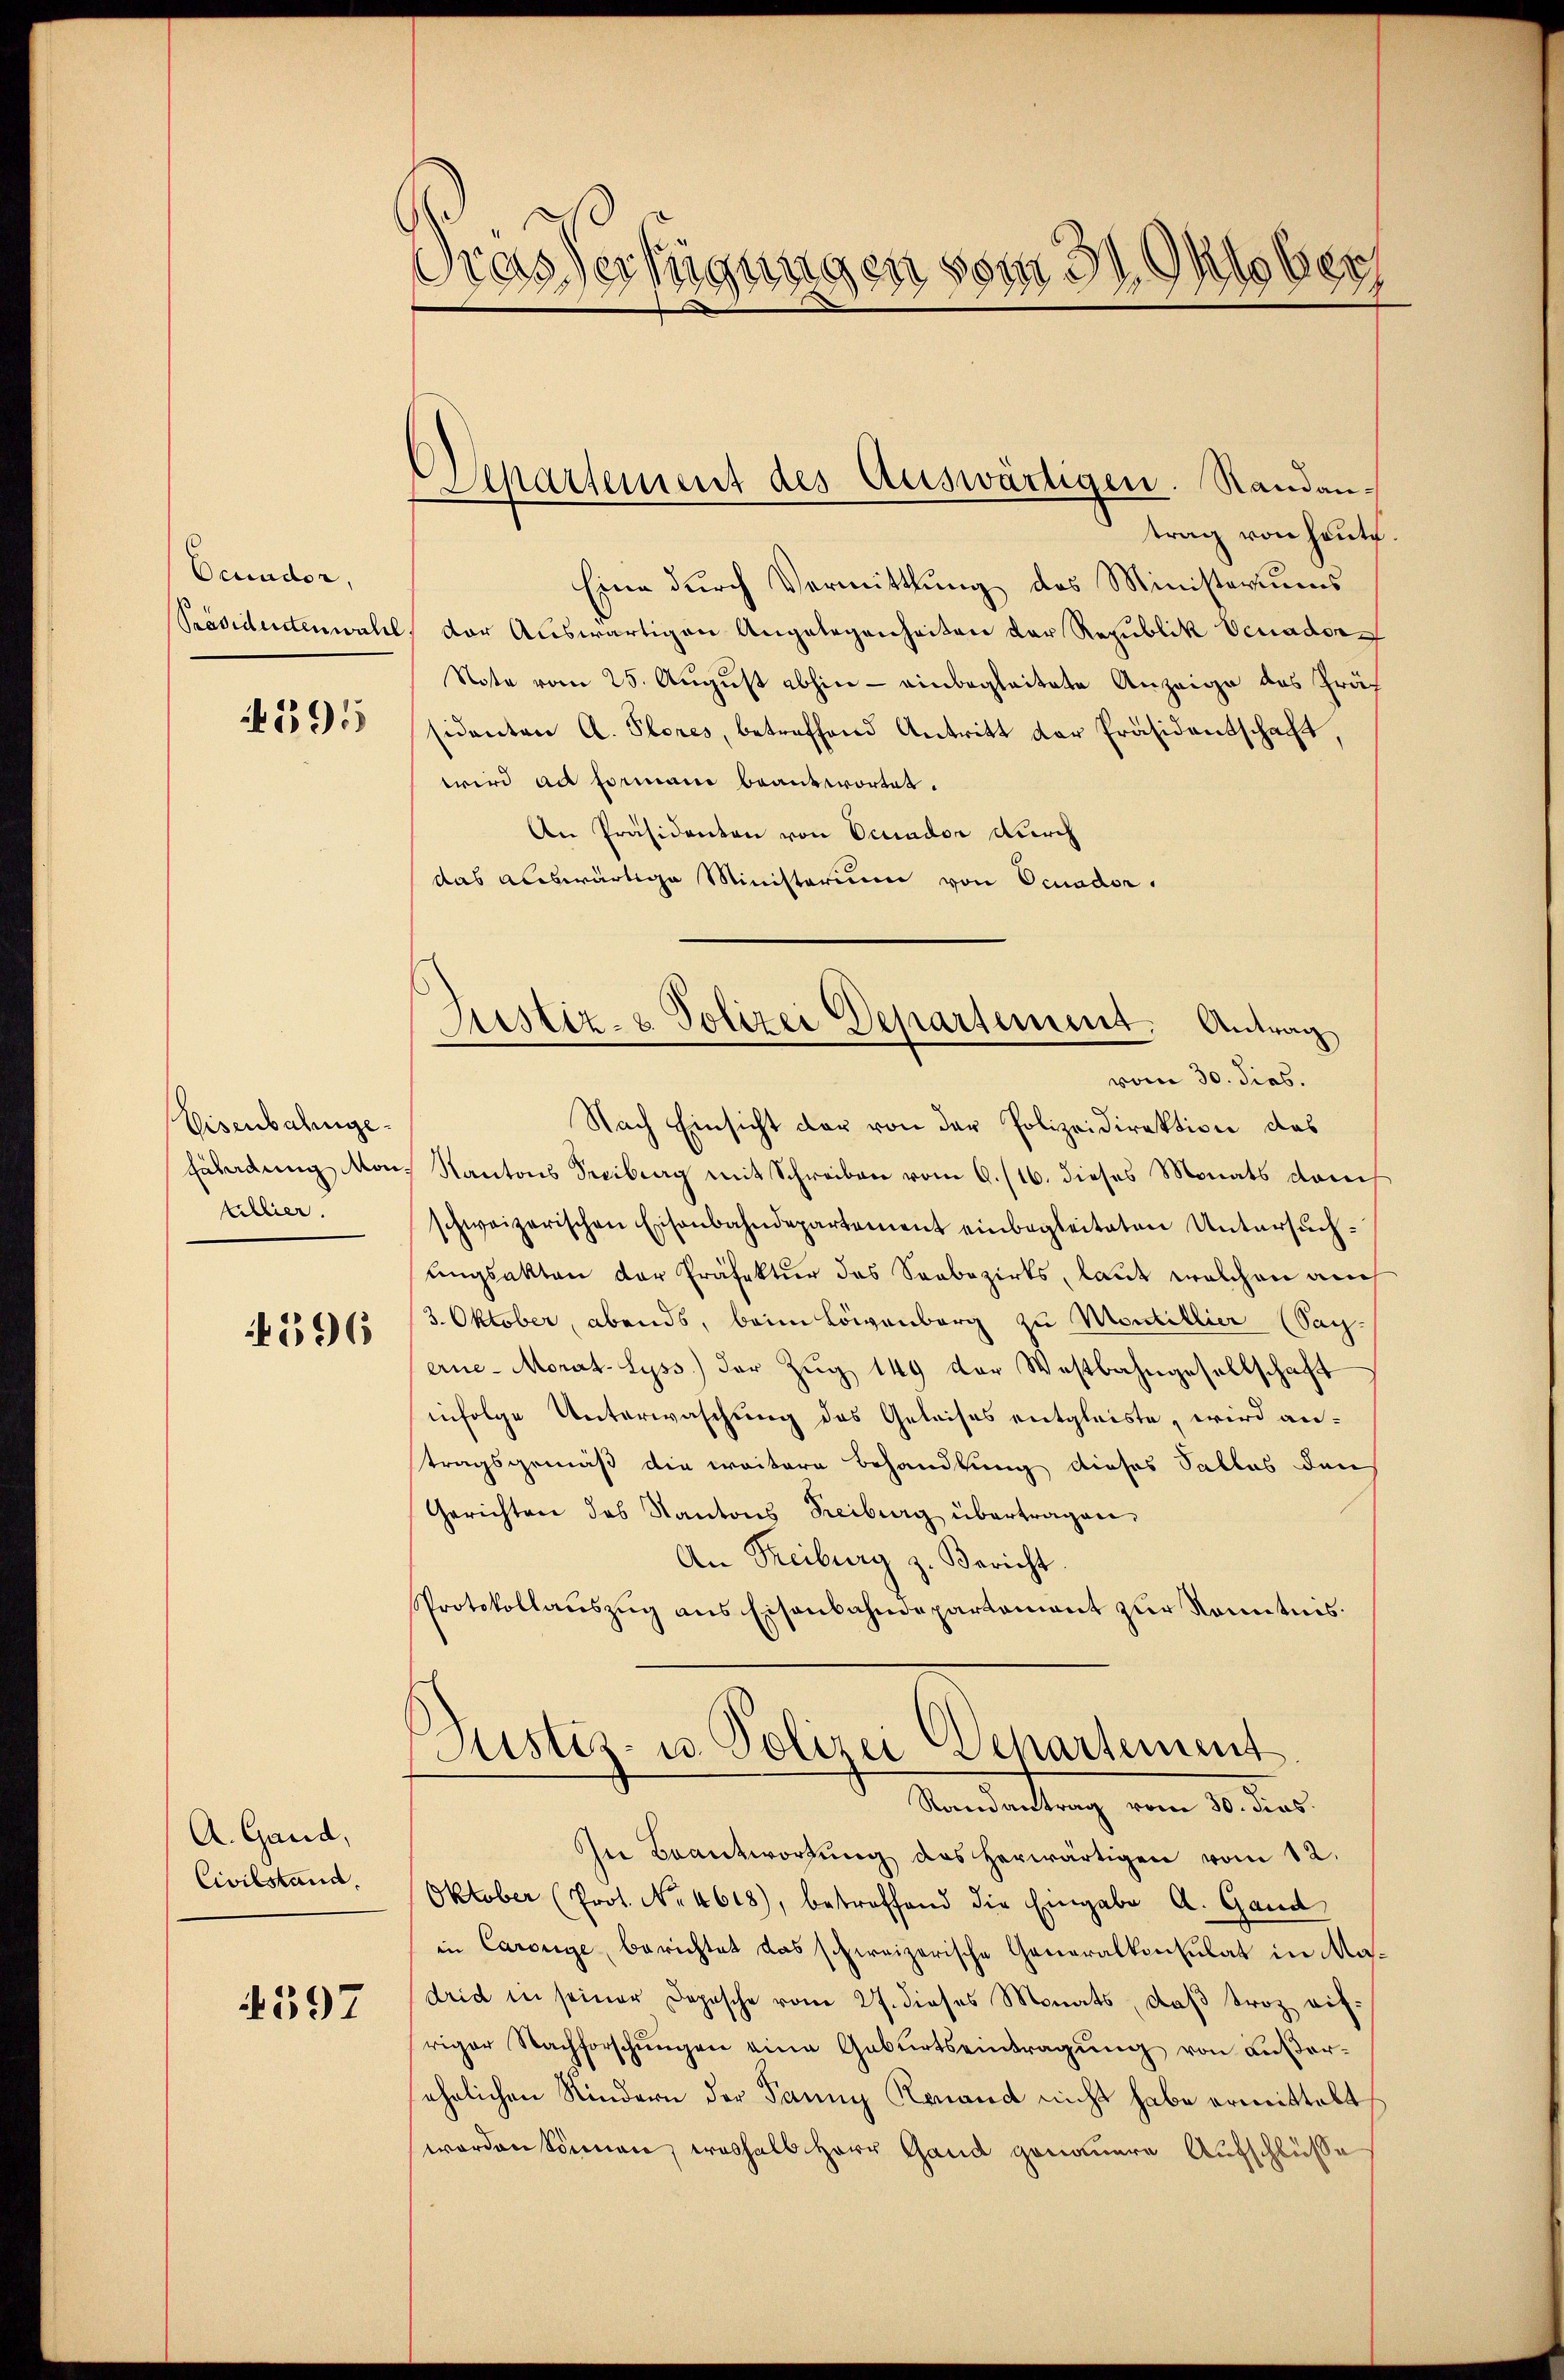
Ocundor,
Präsidenten wahl

591

Visenbahnge¬
Fäladung Montillier.
596

A. Gand,
Civilstand.

1597

Gras Verfügungen vom 3. Oktober

Separtement des Auswärtigen. Randan¬

trag von heute
Eine durch Vormittlung des Ministeriums
dor Auswärtigen Angelegenheiten der Republik Venader
Note vom 25. August abhin - einbegleitete Anzeige das Präsidenten A. Flores, betreffend Antritt der Präsidentschaft,
wird ad Formani beantwortet.
An Präsidenten von Ocuador Durch
das auswärtige Ministerium von Ocuador

Justiz- & Polizei Departement. Antrag

vom 30. dies.
Nach Einsicht dar von der Polizeidirektion des
Kantons Streibung mit Schreiben vom 6./16. dieses Monats danch
schweizerischen Eisenbahndepartement einbegleiteten Untersuchŭngsakten der Präfektur das Saabezirks, laut welchen an
3. Oktober, abends, beim Löwenberg zu Montillier (Say-
erne-Morat-Syss) der Zug 149 der Westbahngesellschaft
infolge Unterwaschung des Geleises entgleiste, wird antragsgemäß die weitere Behandlung dieses Salles den
Gerichten des Kantons Freiburg übertragen,
An Freiburg z. Bericht
Protokollauszug aus Eisenbahndepartement zur Kenntnis.
Justiz- u. Polizei Departement
Randantrag vom 30. dies
In Beantwortŭng des herwärtigen vom 12.
Oktober (Prot. No. 4618), betreffend die Eingabe A. Gand
in Carolge, berichtet das schweizerische Generalkonsulat in Madrid in seiner Depesche vom 27. dieses Monats, daß troz aifriger Nachforschungen eine Gaburtseintragung von außersehnlichen Kindern der Panny Konand nicht habe ermittelt,
worden können, weshalb Herr Gand genauere Aufschlüsse